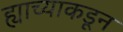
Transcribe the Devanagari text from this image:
ह्याच्याकडून